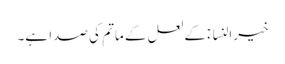
خیرالنساءؑ کے لعل کے ماتم کی صدا ہے۔